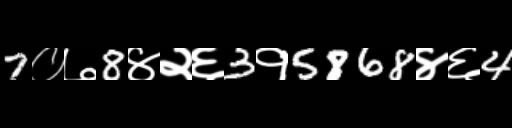
Text: 7०७8४२६3१5868४६4